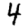
Digit: 4